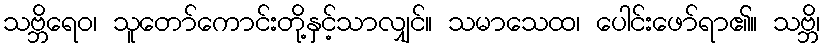
သဗ္ဘိရေဝ၊ သူတော်ကောင်းတို့နှင့်သာလျှင်။ သမာသေထ၊ ပေါင်းဖော်ရာ၏။ သဗ္ဘိ၊